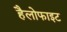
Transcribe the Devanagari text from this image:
हैलोफाइट